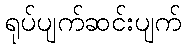
ရုပ်ပျက်ဆင်းပျက်